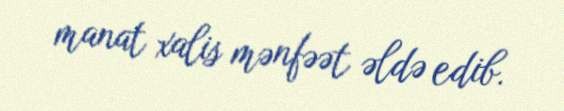
manat xalis mənfəət əldə edib.